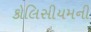
કોલિસીયમની